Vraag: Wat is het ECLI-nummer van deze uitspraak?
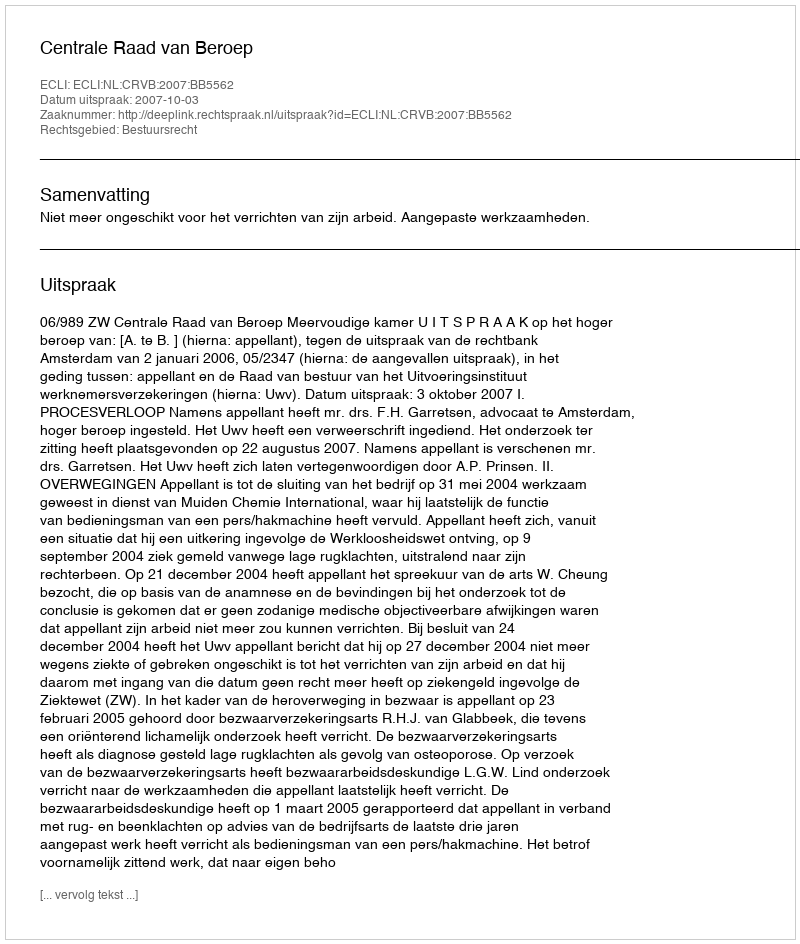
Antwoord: ECLI:NL:CRVB:2007:BB5562